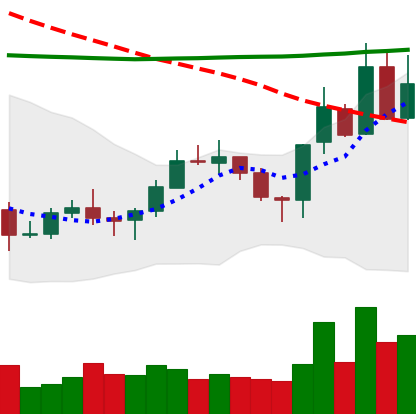
Ticker: XLM-USD
Chart end date: 2020-10-21
Forward return: -3.429%
Label: down_3_5